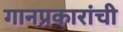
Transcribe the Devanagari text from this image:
गानप्रकारांची